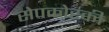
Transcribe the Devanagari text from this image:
सेपकोस्की